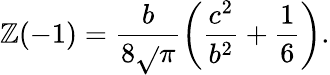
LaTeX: \mathbb{Z}(-1)=\frac{{b}}{{8\sqrt{}{{\pi}}}}\left(\frac{{c^{2}}}{{b^{2}}}+\frac{{1}}{{6}}\right).